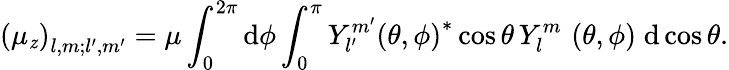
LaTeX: \left(\mu_{\mathit{z}}\right)_{l,m;l^{\prime},m^{\prime}}=\mu\int_{0}^{2\pi}\mathrm{{d}}\phi\int_{0}^{\pi}Y_{l^{\prime}}^{m^{\prime}}\left(\theta,\phi\right)^{*}\cos\theta\, Y_{l}^{m}\, \left(\theta,\phi\right)\; \mathrm{{d}}\cos\theta.